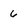
Character: 6